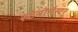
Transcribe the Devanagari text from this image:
स्टेनोगैस्टर